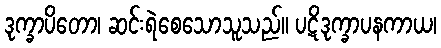
ဒုက္ခာပိတော၊ ဆင်းရဲစေသောသူသည်။ ပဋိဒုက္ခာပနကာယ၊